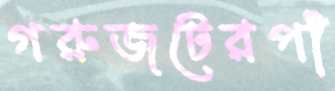
গরুজটেরপাঁ